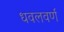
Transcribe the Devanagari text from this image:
धवलवर्ण